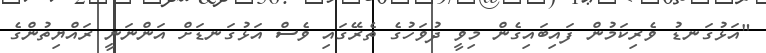
"އަޅުގަނޑު ވެރިކަމުން ފައިބައިގެން މިވީ ދުވަހުގެ ތެރޭގައި ވެސް އަޅުގަނޑަށް އަންނަނީ ރައްޔިތުންގެ